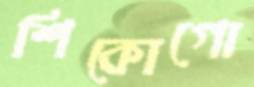
শিকোগো